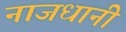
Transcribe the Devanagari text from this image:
नाजधानी